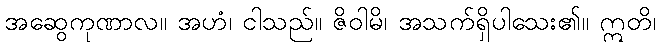
အဆွေကုဏာလ။ အဟံ၊ ငါသည်။ ဇိဝါမိ၊ အသက်ရှိပါသေး၏။ ဣတိ၊